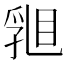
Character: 𥇽